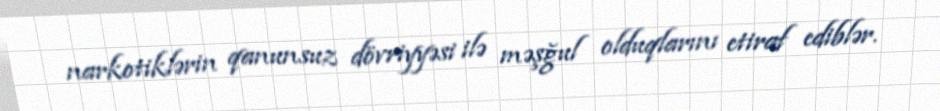
narkotiklərin qanunsuz dövriyyəsi ilə məşğul olduqlarını etiraf ediblər.